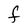
Character: F